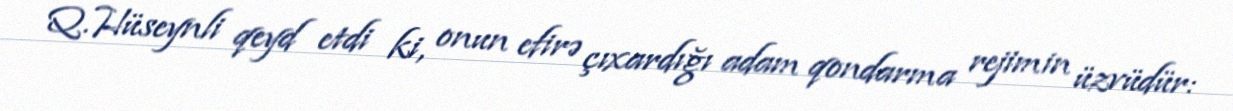
Q.Hüseynli qeyd etdi ki, onun efirə çıxardığı adam qondarma rejimin üzvüdür: